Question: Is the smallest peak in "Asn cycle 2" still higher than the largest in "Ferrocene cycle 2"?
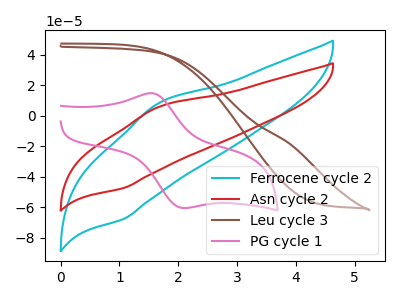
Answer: <think>The cyan curve "Ferrocene cycle 2" has an anodic peak at (1.65V, 8.20uA) and a cathodic peak at (1.05V, -67.60uA). The red curve "Asn cycle 2" has an anodic peak at (1.65V, 5.75uA) and a cathodic peak at (1.05V, -47.30uA). The brown curve "Leu cycle 3" has no peaks. The pink curve "PG cycle 1" has an anodic peak at (1.60V, 14.70uA) and a cathodic peak at (2.15V, -60.40uA).</think>
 <answer>Every peak in "Asn cycle 2" is lower than every peak in "Ferrocene cycle 2".</answer>
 <eval>lower</eval>